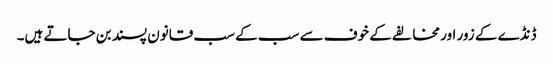
ڈنڈے کے زور اور مخالفے کے خوف سے سب کے سب قانون پسند بن جاتے ہیں۔